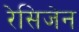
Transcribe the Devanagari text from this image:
रेसिजेन